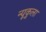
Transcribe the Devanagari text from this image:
न्यूकुला